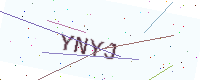
Text: YNYJ